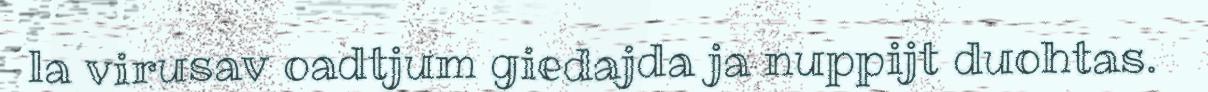
la virusav oadtjum giedajda ja nuppijt duohtas.